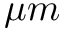
\mu m